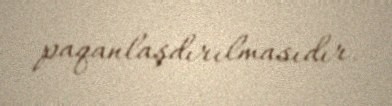
paqanlaşdırılmasıdır.